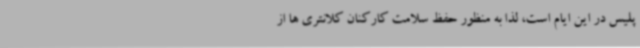
پلیس در این ایام است، لذا به منظور حفظ سلامت کارکنان کلانتری ها از